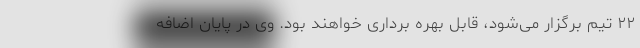
۲۲ تیم برگزار می‌شود، قابل بهره برداری خواهند بود. وی در پایان اضافه